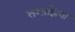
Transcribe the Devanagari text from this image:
तमाझिगा